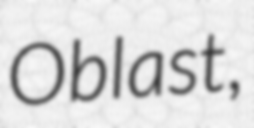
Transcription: Oblast,